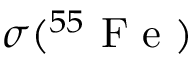
\sigma ( ^ { 5 5 } \mathrm { ~ F ~ e ~ } )